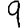
Digit: 9